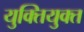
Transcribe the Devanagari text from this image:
युक्‍ितयुक्‍त